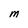
Character: M